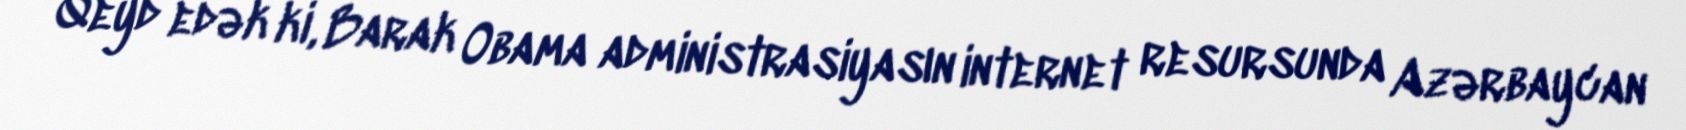
Qeyd edək ki, Barak Obama administrasiyasın internet resursunda Azərbaycan